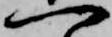
一